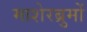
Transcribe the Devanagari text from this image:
माशेरब्रुमों